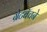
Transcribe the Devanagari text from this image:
ग्रेटबॅचने